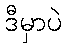
ဒီမှာပဲ